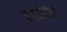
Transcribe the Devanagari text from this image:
रद्दीतील